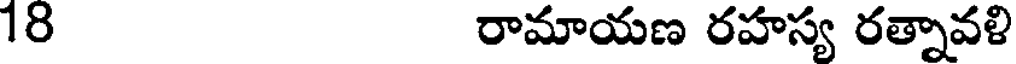
18 రామాయణ రహస్య రత్నావళి